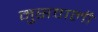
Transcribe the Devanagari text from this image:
मुसवाली